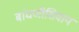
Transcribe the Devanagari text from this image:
बांधणीशिवाय